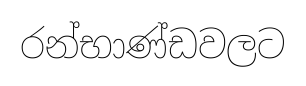
රන්භාණ්ඩවලට